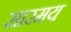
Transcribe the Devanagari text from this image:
सारमय